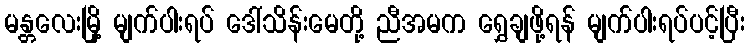
မန္တလေးမြို့ မျက်ပါးရပ် ဒေါ်သိန်းမေတို့ ညီအမက ရွှေချဖို့ရန် မျက်ပါးရပ်ပင့်ပြီး